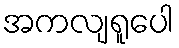
အကလျရူပေါ